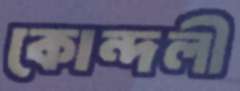
কোন্দলী